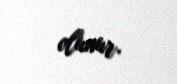
olunur.